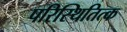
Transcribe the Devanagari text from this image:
परिस्थितित्क